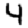
Digit: 4